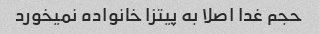
حجم غدا اصلا به پیتزا خانواده نمیخورد